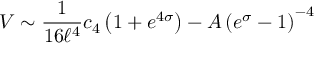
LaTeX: V \sim { \frac { 1 } { 1 6 \ell ^ { 4 } } } c _ { 4 } \left( 1 + e ^ { 4 \sigma } \right) - A \left( e ^ { \sigma } - 1 \right) ^ { - 4 }